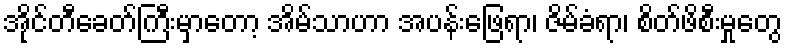
အိုင်တီခေတ်ကြီးမှာတော့ အိမ်သာဟာ အပန်းဖြေရာ၊ ဇိမ်ခံရာ၊ စိတ်ဖိစီးမှုတွေ